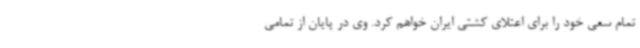
تمام سعی خود را برای اعتلای کشتی ایران خواهم کرد. وی در پایان از تمامی